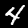
Label: 4